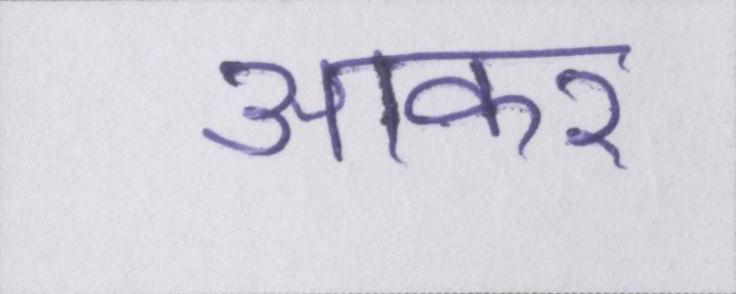
आकर